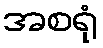
အစရုံ